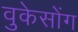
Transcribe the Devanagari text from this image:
वुकेसोंग